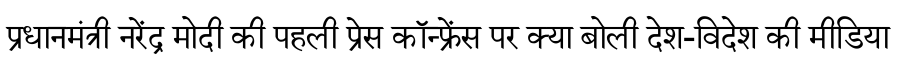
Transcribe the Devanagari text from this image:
प्रधानमंत्री नरेंद्र मोदी की पहली प्रेस कॉन्फ्रेंस पर क्या बोली देश-विदेश की मीडिया